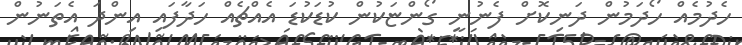
ހެދުމެއް ހޯދަމުން ދަނިކޮށް ފެނުނީ ގޯންޏަކުން ކުޑަކުޑަ އެއްޗެއް ހަދާފައި އިންދަ އެތަނުން